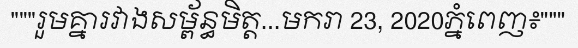
"""រួមគ្នារវាងសម្ព័ន្ធមិត្ត...មករា 23, 2020ភ្នំពេញ៖"""